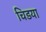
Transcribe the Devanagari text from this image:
चिडया